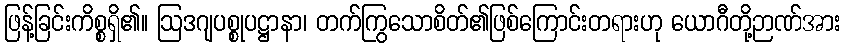
ဖြန့်ခြင်းကိစ္စရှိ၏။ ဩဒဂျပစ္စုပဋ္ဌာနာ၊ တက်ကြွသောစိတ်၏ဖြစ်ကြောင်းတရားဟု ယောဂီတို့ဉာဏ်အား